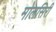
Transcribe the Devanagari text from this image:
मोलसिरी